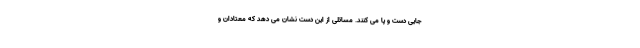
جایی دست و پا می کنند. مسائلی از این دست نشان می دهد که معتادان و